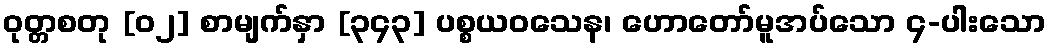
ဝုတ္တစတု [၀၂] စာမျက်နှာ [၃၄၃] ပစ္စယဝသေန၊ ဟောတော်မူအပ်သော ၄-ပါးသော